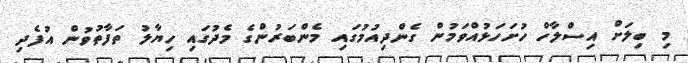
މި ބިލަށް އިސްލާހް ހުށަހަޅުއްވަމުން ގެންދިއުމުގައި މެންބަރުންގެ މެދުގައި ހިޔާލު ތަފާތުވުން އުފެދި